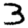
Digit: 3